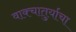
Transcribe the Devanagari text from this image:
वाक्चातुर्याचा